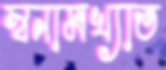
স্বনামখ্যাত